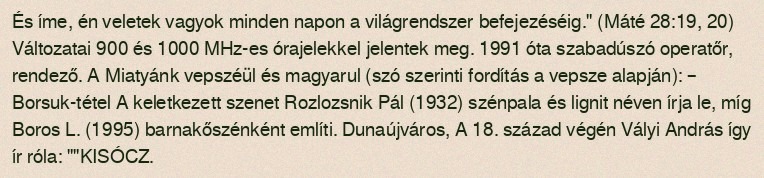
És íme, én veletek vagyok minden napon a világrendszer befejezéséig." (Máté 28:19, 20) Változatai 900 és 1000 MHz-es órajelekkel jelentek meg. 1991 óta szabadúszó operatőr, rendező. A Miatyánk vepszéül és magyarul (szó szerinti fordítás a vepsze alapján): – Borsuk-tétel A keletkezett szenet Rozlozsnik Pál (1932) szénpala és lignit néven írja le, míg Boros L. (1995) barnakőszénként említi. Dunaújváros, A 18. század végén Vályi András így ír róla: ""KISÓCZ.